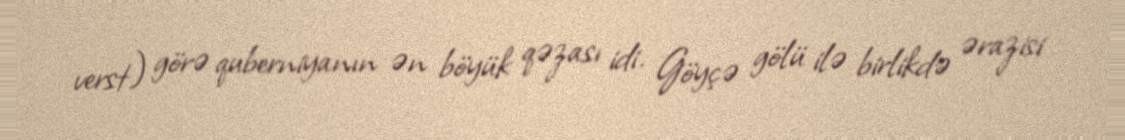
verst) görə quberniyanın ən böyük qəzası idi. Göyçə gölü ilə birlikdə ərazisi